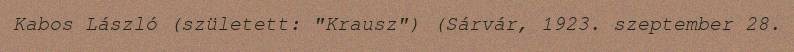
Kabos László (született: "Krausz") (Sárvár, 1923. szeptember 28.